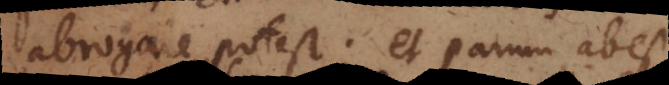
abrogare potest; et parum abest,